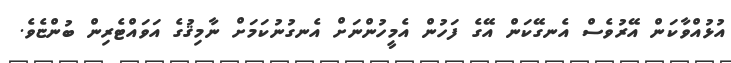
އުޅުއްވާކަން އޭރުވެސް އެނގޭކަން އޭގެ ފަހުން އެމީހުންނަށް އެނގުނުކަމަށް ނާމިޤުގެ އަވައްޓެރިން ބުންޏެވެ.